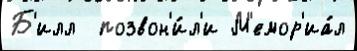
Б'илл  позвон'и́л'и М'емор'иа́л